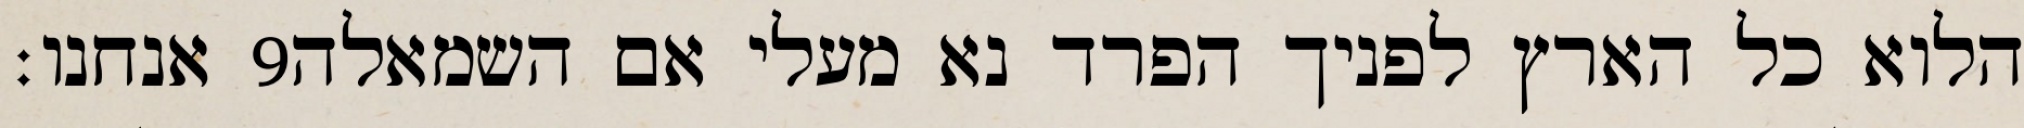
אנחנו׃ ‎9‏ הלוא כל הארץ לפניך הפרד נא מעלי אם השמאלה